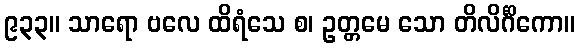
၉၃၃။ သာရော ဗလေ ထိရံသေ စ၊ ဥတ္တမေ သော တိလိင်္ဂိကော။